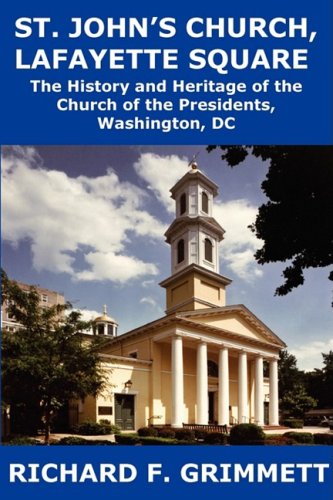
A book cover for St. John's Church, Lafayette Square: The History and Heritage of the Church of the Presidents, Washington, DC; Richard F. Grimmett; Christian Books & Bibles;